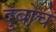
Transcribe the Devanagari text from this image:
दुबोचे